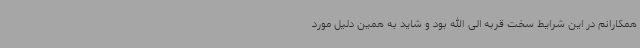
همکارانم در این شرایط سخت قربه الی الله بود و شاید به همین دلیل مورد